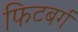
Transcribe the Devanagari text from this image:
फिटबर्ग